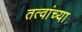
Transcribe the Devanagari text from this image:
तत्वांच्या